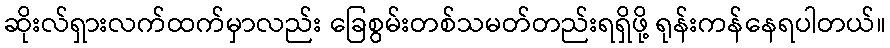
ဆိုးလ်ရှားလက်ထက်မှာလည်း ခြေစွမ်းတစ်သမတ်တည်းရရှိဖို့ ရုန်းကန်နေရပါတယ်။